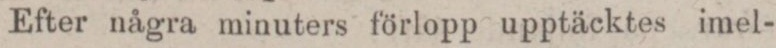
Efter några minuters förlopp upptäcktes imel-